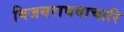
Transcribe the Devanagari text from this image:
विजयराघवाचारि